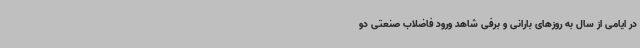
در ایامی از سال به روزهای بارانی و برفی شاهد ورود فاضلاب صنعتی دو